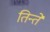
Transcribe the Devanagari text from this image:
तिन्ते